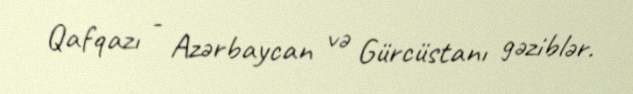
Qafqazı - Azərbaycan və Gürcüstanı gəziblər.